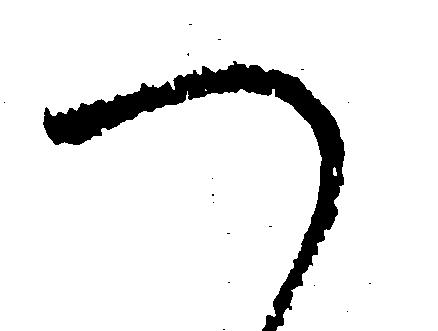
つ